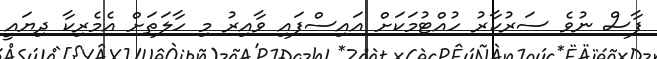
ފާސް ނުވެ ސަރުކާރު ހުއްޓުމަކަށް އައިސްފައި ވާއިރު މި ހާލަތަށް އެމެރިކާ ދިޔައީ